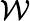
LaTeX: \mathcal{W}